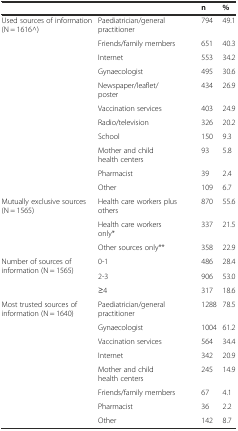
<table><thead><tr><td></td><td></td><td><b>n</b></td><td><b>%</b></td></tr></thead><tbody><tr><td rowspan="3">Used sources of information (N = 1616^)</td><td>Paediatrician/general practitioner</td><td>794</td><td>49.1</td></tr><tr><td>Friends/family members</td><td>651</td><td>40.3</td></tr><tr><td>Internet</td><td>553</td><td>34.2</td></tr><tr><td></td><td>Gynaecologist</td><td>495</td><td>30.6</td></tr><tr><td></td><td>Newspaper/leaflet/poster</td><td>434</td><td>26.9</td></tr><tr><td></td><td>Vaccination services</td><td>403</td><td>24.9</td></tr><tr><td></td><td>Radio/television</td><td>326</td><td>20.2</td></tr><tr><td></td><td>School</td><td>150</td><td>9.3</td></tr><tr><td></td><td>Mother and child health centers</td><td>93</td><td>5.8</td></tr><tr><td></td><td>Pharmacist</td><td>39</td><td>2.4</td></tr><tr><td></td><td>Other</td><td>109</td><td>6.7</td></tr><tr><td>Mutually exclusive sources (N = 1565)</td><td>Health care workers plus others</td><td>870</td><td>55.6</td></tr><tr><td></td><td>Health care workers only*</td><td>337</td><td>21.5</td></tr><tr><td></td><td>Other sources only**</td><td>358</td><td>22.9</td></tr><tr><td>Number of sources of information (N = 1565)</td><td>0-1</td><td>486</td><td>28.4</td></tr><tr><td></td><td>2-3</td><td>906</td><td>53.0</td></tr><tr><td></td><td>≥4</td><td>317</td><td>18.6</td></tr><tr><td rowspan="3">Most trusted sources of information (N = 1640)</td><td>Paediatrician/general practitioner</td><td>1288</td><td>78.5</td></tr><tr><td>Gynaecologist</td><td>1004</td><td>61.2</td></tr><tr><td>Vaccination services</td><td>564</td><td>34.4</td></tr><tr><td></td><td>Internet</td><td>342</td><td>20.9</td></tr><tr><td></td><td>Mother and child health centers</td><td>245</td><td>14.9</td></tr><tr><td></td><td>Friends/family members</td><td>67</td><td>4.1</td></tr><tr><td></td><td>Pharmacist</td><td>36</td><td>2.2</td></tr><tr><td></td><td>Other</td><td>142</td><td>8.7</td></tr></tbody></table>